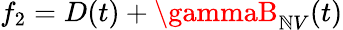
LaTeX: {f_{2}=D(t)+\gammaB_{\mathbb{N}V}(t)}